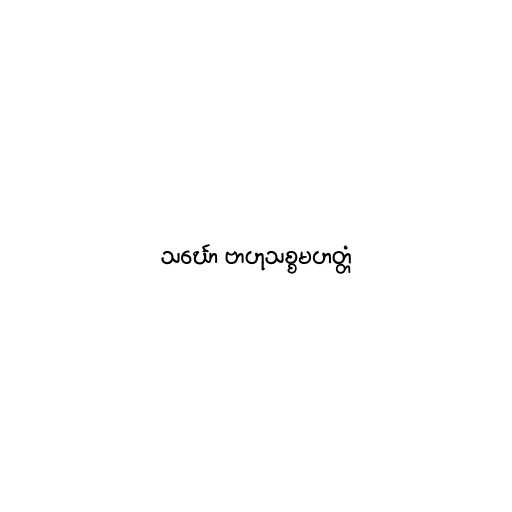
သင်္ဃော ဗာဟုသစ္စမဟတ္တံ